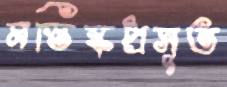
মস্তিষ্কপ্রসূত